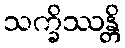
သက္ခိဿန္တိ